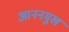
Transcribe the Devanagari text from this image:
आननमुख